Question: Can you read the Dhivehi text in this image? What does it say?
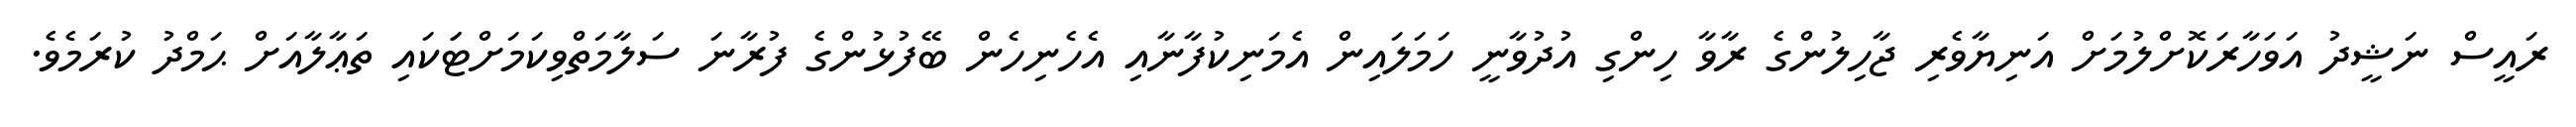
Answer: ރައީސް ނަޝީދު އަވަހާރަކޮށްލުމަށް އަނިޔާވެރި ޖާހިލުންގެ ރާވާ ހިންގި އުދުވާނީ ހަމަލައިން އެމަނިކުފާނާއި އެހެނިހެން ބޭފުޅުންގެ ފުރާނަ ސަލާމަތްވިކަމަށްޓަަކައި ތަޢާލާއަށް ޙަމްދު ކުރަމެވެ.